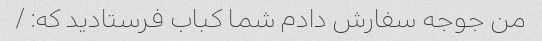
من جوجه سفارش دادم شما کباب فرستادید که: /